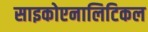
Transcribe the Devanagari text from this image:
साइकोएनालिटिकल